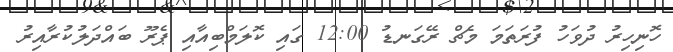
ހޮނިހިރު ދުވަހު ފުރަތަމަ މެޗް ރޭގަނޑު 12:00 ގައި ކޮލަމްބިއާއި ޕެރޫ ބައްދަލުކުރާއިރު